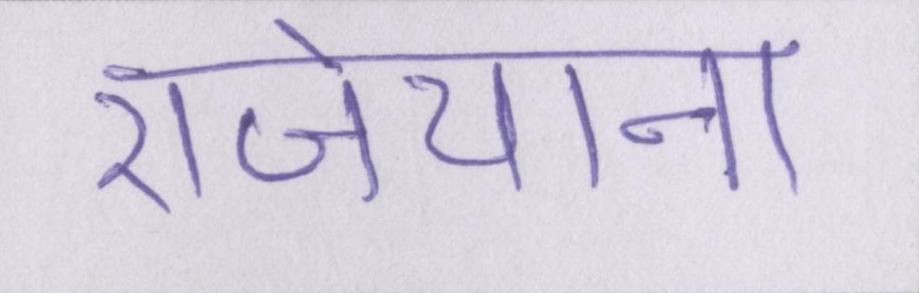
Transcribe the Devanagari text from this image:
राजेयाना